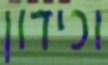
וכידון